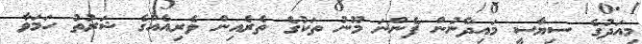
މިއަދުގެ ސިޔާސީ މައިދާނުން ފެންނަ މޫނު ތަކުގެ ތެރެއިން ވެރިއެއްގެ ޝަރުތު ހަމަވާ